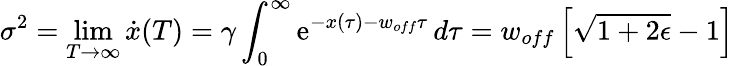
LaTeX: \sigma^{2}=\operatorname*{lim}_{T\rightarrow\infty}\dot{x}(T)=\gamma\int_{0}^{\infty}\mathrm{e}^{-x(\tau)-w_{off}\tau}\, d\tau=w_{off}\left[\sqrt{1+2\epsilon}-1\right]